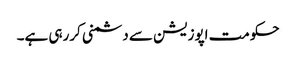
حکومت اپوزیشن سے دشمنی کررہی ہے۔